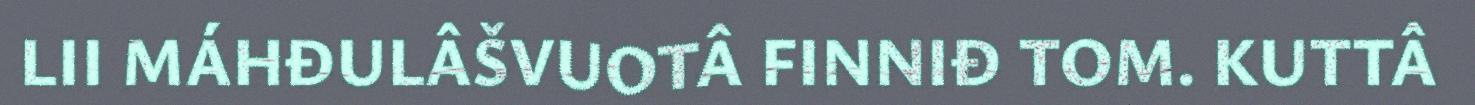
LII MÁHĐULÂŠVUOTÂ FINNIĐ TOM. KUTTÂ